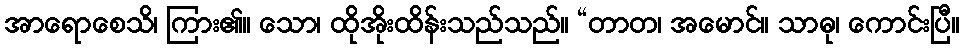
အာရောစေသိ၊ ကြား၏။ သော၊ ထိုအိုးထိန်းသည်သည်။ “တာတ၊ အမောင်။ သာဓု၊ ကောင်းပြီ။